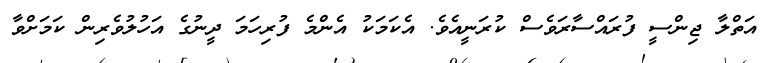
އަތްލާ ޖިންސީ ފުރައްސާރަވެސް ކުރަނީއެވެ. އެކަމަކު އެންމެ ފުރިހަމަ ދީނުގެ އަހުލުވެރިން ކަމަށްވާ